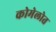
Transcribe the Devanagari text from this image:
कोमेलोत